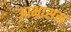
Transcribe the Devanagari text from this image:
आभासन